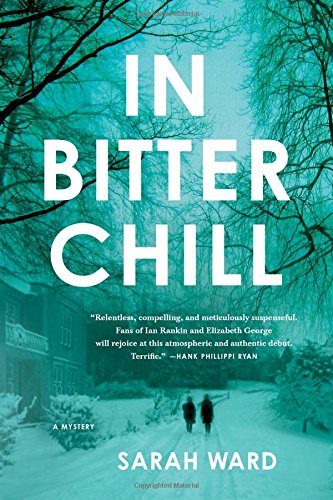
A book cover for In Bitter Chill: A Mystery; Sarah Ward; Mystery, Thriller & Suspense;